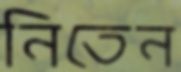
নিতেন